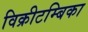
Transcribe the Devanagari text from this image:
विक्रीटम्बिका